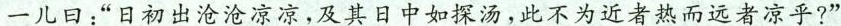
一儿日：”日初出沧沧凉凉，及其日中如探汤，此不为近者热而远者凉乎?”